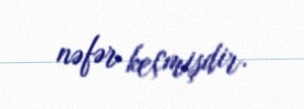
nəfər keçmişdir.